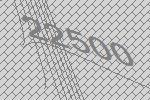
22500